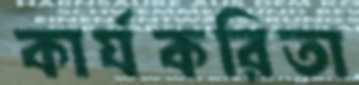
কার্যকরিতা